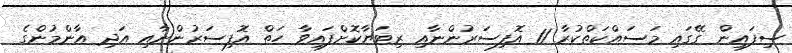
ސިފައިން ގޭގައި މަސައްކަތްކުރާ 11 އޮފިސަރުންނާއި ރިޓަޔާކޮށްފައިވާ ހަތް އޮފިސަރުންނާއި އަދި އާންމުންގެ